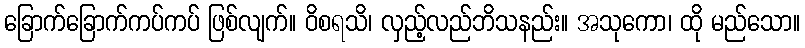
ခြောက်ခြောက်ကပ်ကပ် ဖြစ်လျက်။ ဝိစရသိ၊ လှည့်လည်ဘိသနည်း။ အသုကော၊ ထို မည်သော။